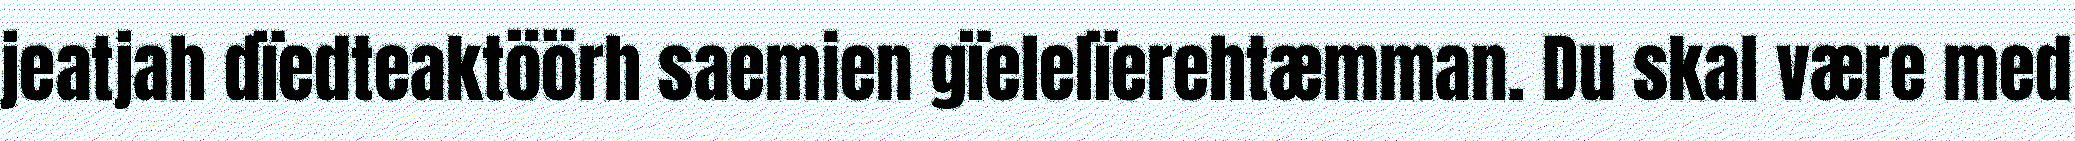
jeatjah dïedteaktöörh saemien gïelelïerehtæmman. Du skal være med